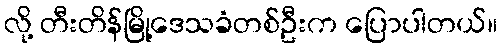
လို့ တီးတိန်မြို့ဒေသခံတစ်ဦးက ပြောပါတယ်။